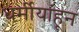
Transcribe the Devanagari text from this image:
धर्मीयांहून